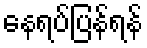
နေရပ်ပြန်ရန်